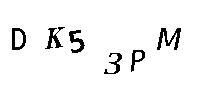
DK53PM